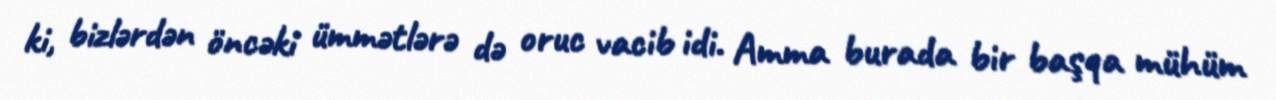
ki, bizlərdən öncəki ümmətlərə də oruc vacib idi. Amma burada bir başqa mühüm